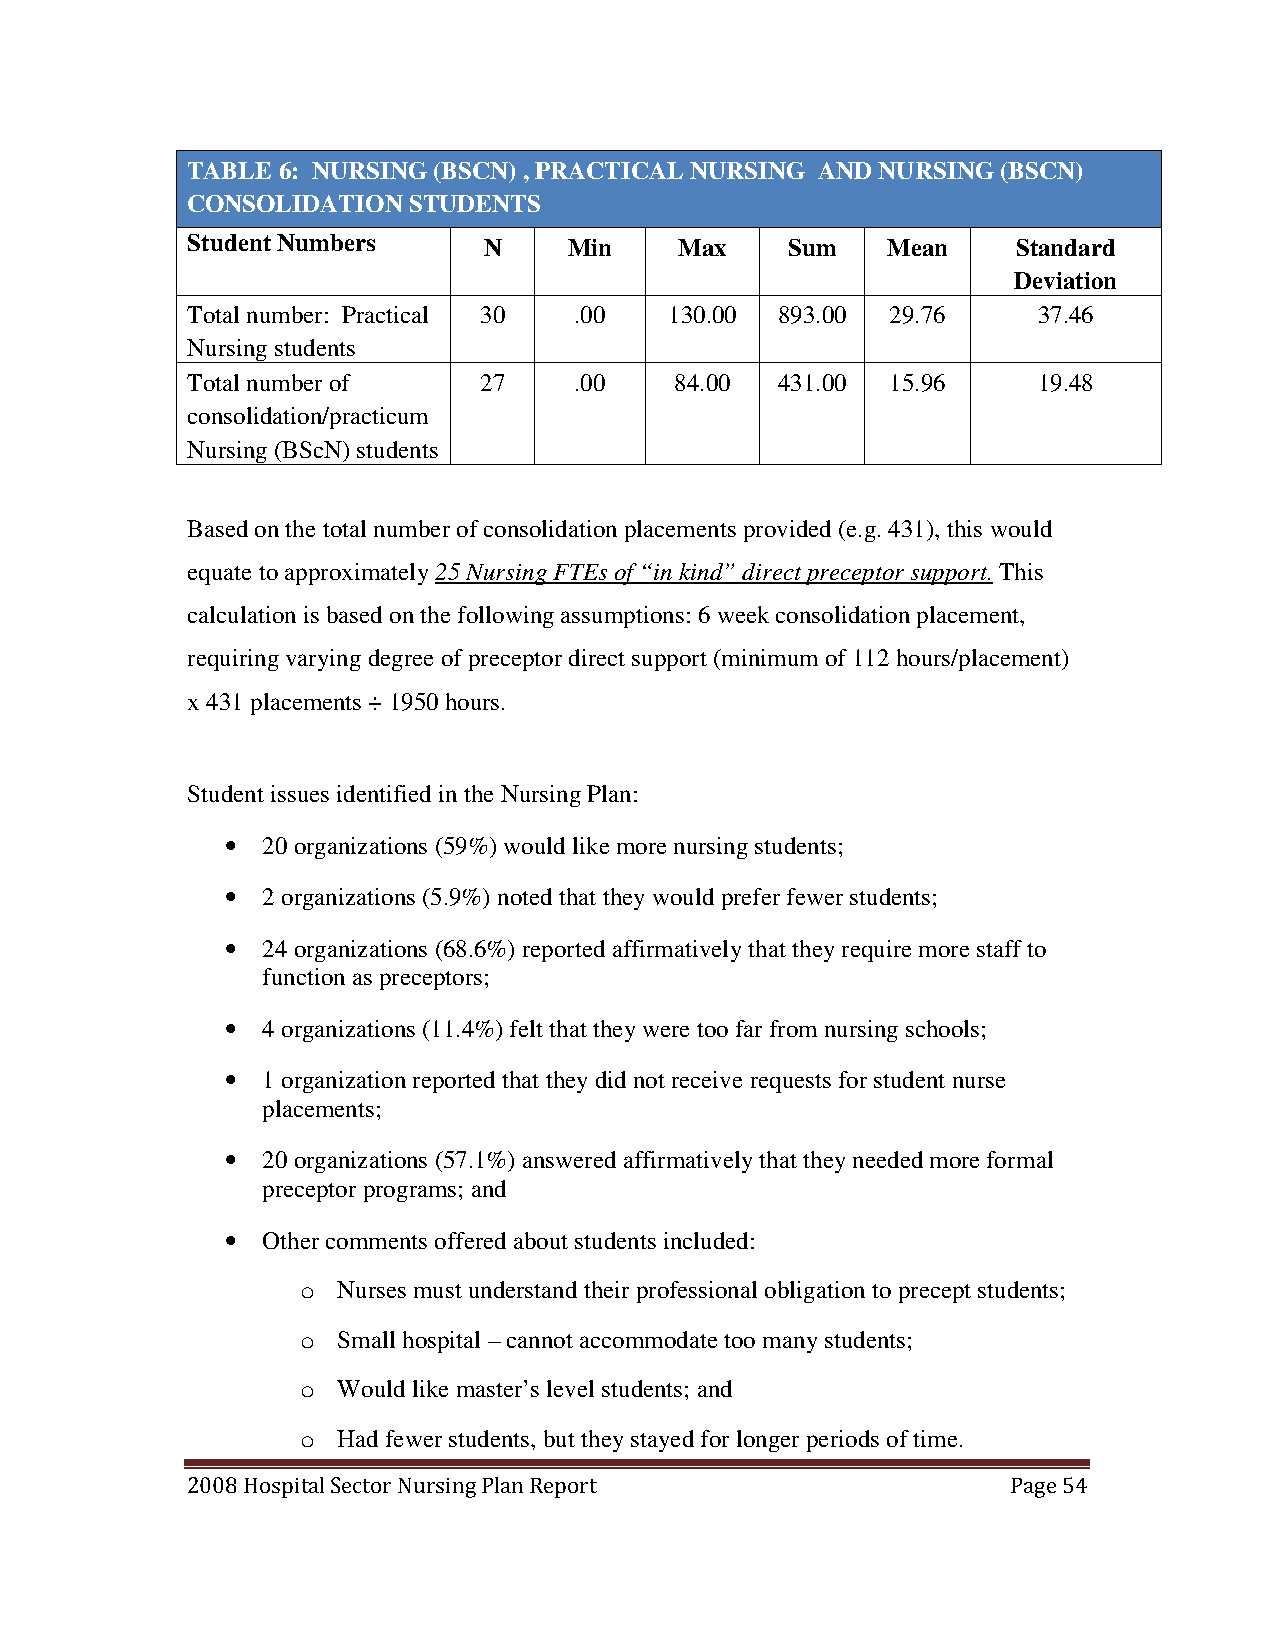
TABLE 6: NURSING (BSCN) , PRACTICAL NURSING AND NURSING (BSCN)
 CONSOLIDATION  STUDENTS
 Student Numbers     N     Min    Max    Sum    Mean    Standard
 Deviation
 Total number: Practical 30 .00  130.00  893.00 29.76     37.46
 Nursing students
 Total number of     27    .00    84.00  431.00 15.96     19.48
 consolidation/practicum
 Nursing (BScN) students
 Based on the total number of consolidation placements provided (e.g. 431), this would
 equate to approximately 25 Nursing FTEs of “in kind” direct preceptor support. This
 calculation is based on the following assumptions: 6 week consolidation placement,
 requiring varying degree of preceptor direct support (minimum of 112 hours/placement)
 x 431 placements ÷ 1950 hours.
 Student issues identified in the Nursing Plan:
 • 20 organizations (59%) would like more nursing students;
 • 2 organizations (5.9%) noted that they would prefer fewer students;
 • 24 organizations (68.6%) reported affirmatively that they require more staff to
 function as preceptors;
 • 4 organizations (11.4%) felt that they were too far from nursing schools;
 • 1 organization reported that they did not receive requests for student nurse
 placements;
 • 20 organizations (57.1%) answered affirmatively that they needed more formal
 preceptor programs; and
 • Other comments offered about students included:
 o Nurses must understand their professional obligation to precept students;
 o Small hospital – cannot accommodate too many students;
 o Would like master’s level students; and
 o Had fewer students, but they stayed for longer periods of time.
 2008 Hospital Sector Nursing Plan Report               Page 54